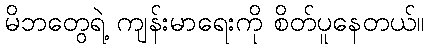
မိဘတွေရဲ့ ကျန်းမာရေးကို စိတ်ပူနေတယ်။